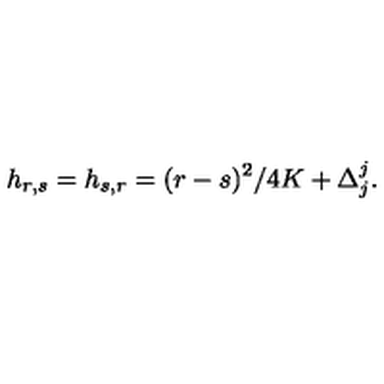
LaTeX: h _ { r , s } = h _ { s , r } = ( r - s ) ^ { 2 } / 4 K + \Delta _ { j } ^ { j } { } .